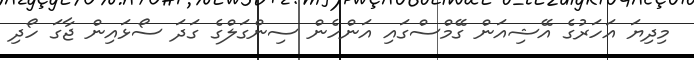
މިދިޔަ އަހަރުގެ އޭޝިއަން ގޭމްސްގައި އަންހެން ސިންގަލްގެ ގަދަ ސޯޅައިން ޖާގަ ހޯދި